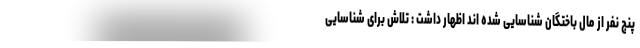
پنج نفر از مال باختگان شناسایی شده اند اظهار داشت : تلاش برای شناسایی